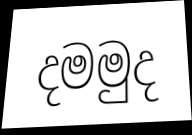
දමමුද